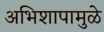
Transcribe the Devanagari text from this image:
अभिशापामुळे